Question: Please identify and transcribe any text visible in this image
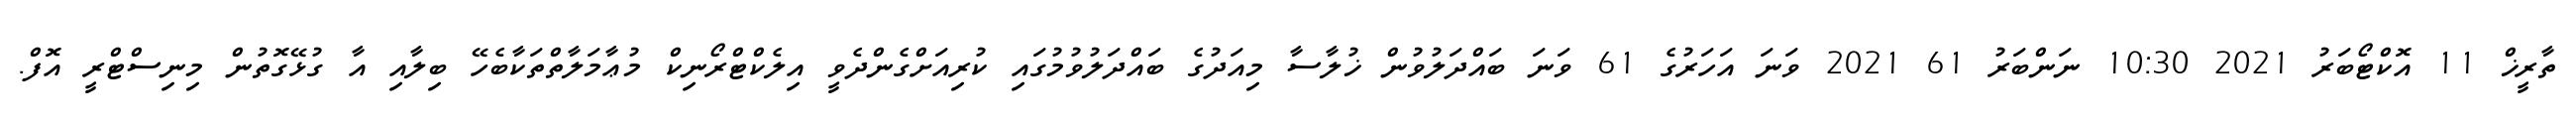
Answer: ތާރީޚް 11 އޮކްޓޯބަރު 2021 10:30 ނަންބަރު 61 2021 ވަނަ އަހަރުގެ 61 ވަނަ ބައްދަލުވުން ޚުލާސާ މިއަދުގެ ބައްދަލުވުމުގައި ކުރިއަށްގެންދެވީ އިލެކްޓްރޯނިކް މުޢާމަލާތްތަކާބެހޭ ބިލާއި އާ ގުޅޭގޮތުން މިނިސްޓްރީ އޮފް.